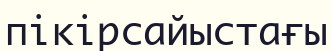
пікірсайыстағы